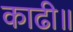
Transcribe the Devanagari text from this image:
काढी॥